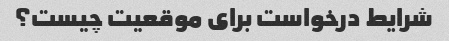
شرایط درخواست برای موقعیت چیست؟